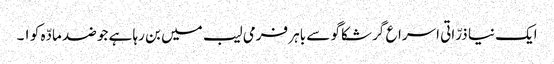
ایک نیا ذرّاتی اسراع گر شکاگو سے باہر فرمی لیب میں بن رہا ہے جو ضد مادّہ کو ١۔